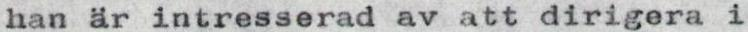
han är intresserad av att dirigera i